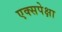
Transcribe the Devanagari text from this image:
एक्सपेक्षा